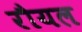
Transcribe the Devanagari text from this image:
रौयल